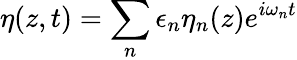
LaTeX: \eta(z,t)=\sum_{n}\epsilon_{n}\eta_{n}(z)e^{i\omega_{n}t}